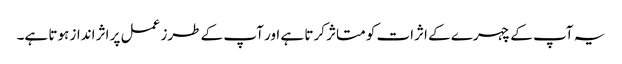
یہ آپ کے چہرے کے اثرات کو متاثر کرتا ہے اور آپ کے طرز عمل پر اثر انداز ہوتا ہے۔